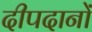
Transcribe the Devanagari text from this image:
दीपदानों